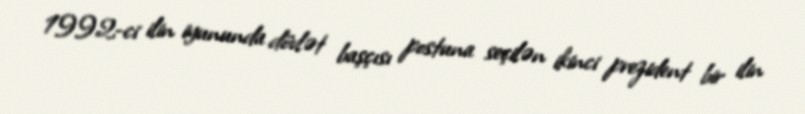
1992-ci ilin iyununda dövlət başçısı postuna seçilən ikinci prezident bir ilin